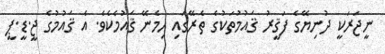
ނީޖަރަކީ ދުނިޔޭގެ ފަޤީރު ޤައުމުތަކުގެ ތެރޭގައި ހިމެނޭ ޤައުމެކެވެ. އެ ޤައުމުގެ ޖީ.ޑީ.ޕީ